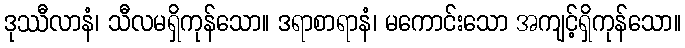
ဒုဿီလာနံ၊ သီလမရှိကုန်သော။ ဒရာစာရာနံ၊ မကောင်းသော အကျင့်ရှိကုန်သော။